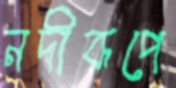
নদীরূপে